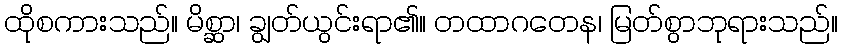
ထိုစကားသည်။ မိစ္ဆာ၊ ချွတ်ယွင်းရာ၏။ တထာဂတေန၊ မြတ်စွာဘုရားသည်။